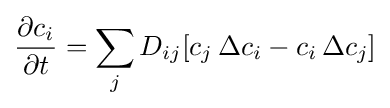
{\frac {\partial c_{i}}{\partial t}}=\sum _{j}D_{ij}[c_{j}\,\Delta c_{i}-c_{i}\,\Delta c_{j}]